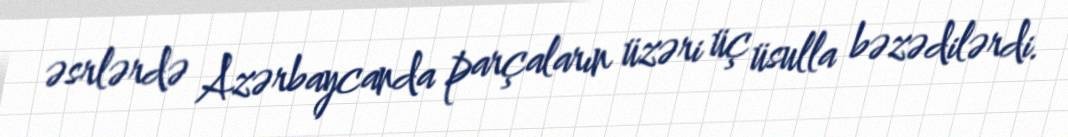
əsrlərdə Azərbaycanda parçaların üzəri üç üsulla bəzədilərdi.